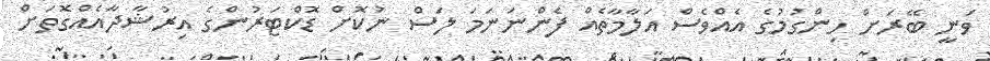
ވަނީ ބޭރަށް ހިންގުމުގެ އެއްވެސް އަލާމާތެއް ފެންނަނަމަ ލަސް ނުކޮށް ޑޮކްޓަރުންގެ އިރުޝާދާއެއްގޮތަށް